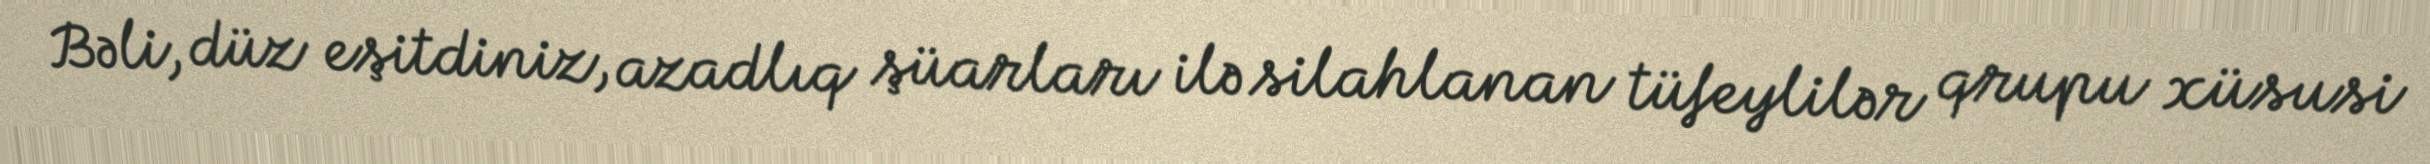
Bəli, düz eşitdiniz, azadlıq şüarları ilə silahlanan tüfeylilər qrupu xüsusi